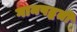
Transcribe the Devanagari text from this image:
गानपद्धती